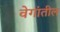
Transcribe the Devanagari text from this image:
वेगांतील